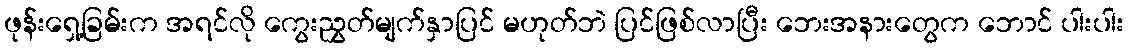
ဖုန်းရှေ့ခြမ်းက အရင်လို ကွေးညွှတ်မျက်နှာပြင် မဟုတ်ဘဲ ပြင်ဖြစ်လာပြီး ဘေးအနားတွေက ဘောင် ပါးပါး